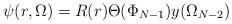
\begin{align*}\psi(r,\Omega)=R(r)\Theta(\Phi_{N-1})y(\Omega_{N-2})\end{align*}